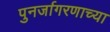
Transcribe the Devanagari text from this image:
पुनर्जागरणाच्या